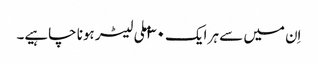
اِن میں سے ہر ایک ۳۰ ملی لیٹر ہونا چاہیے۔